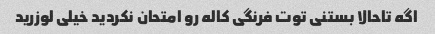
اگه تاحالا بستنی توت فرنگی کاله رو امتحان نکردید خیلی لوزرید